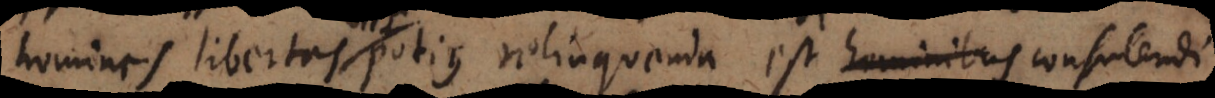
homines libertas potius relinquenda est hominibus iis